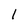
Character: l